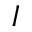
I